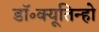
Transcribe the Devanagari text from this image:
डॉ॰क्यूतिन्हो